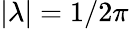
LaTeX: |\lambda|=1/2\pi